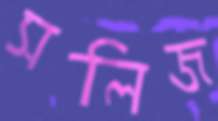
সলিজ